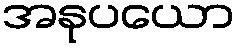
အနုပယော